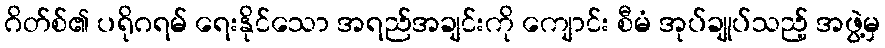
ဂိတ်စ်၏ ပရိုဂရမ် ရေးနိုင်သော အရည်အချင်းကို ကျောင်း စီမံ အုပ်ချုပ်သည့် အဖွဲ့မှ